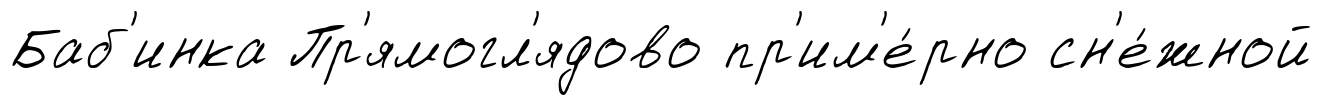
Баб'инка Пр'ямогл'ядово пр'им'е́рно сн'е́жной